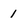
Character: 1